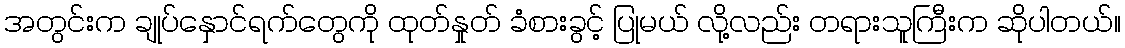
အတွင်းက ချုပ်နှောင်ရက်တွေကို ထုတ်နှုတ် ခံစားခွင့် ပြုမယ် လို့လည်း တရားသူကြီးက ဆိုပါတယ်။